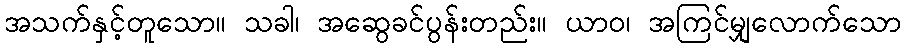
အသက်နှင့်တူသော။ သခါ၊ အဆွေခင်ပွန်းတည်း။ ယာဝ၊ အကြင်မျှလောက်သော